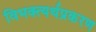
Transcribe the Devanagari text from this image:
विभक्त्यर्थप्रकरण